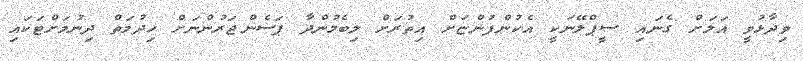
ވިދާޅުވީ އަލަށް ގެނައި ސީޕްލޭނަކީ އެކުންފުންޏަށް އިތުރަށް ލިބެމުންދާ ޕަސެންޖަރުންނަށް ޚިދުމަތް ދިނުމަށްޓަކައި